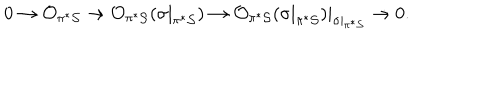
0 \rightarrow { \cal O } _ { \pi ^ { * } { \cal S } } \rightarrow { \cal O } _ { \pi ^ { * } { \cal S } } ( \sigma | _ { \pi ^ { * } { \cal S } } ) \rightarrow { \cal O } _ { \pi ^ { * } { \cal S } } ( \sigma | _ { \pi ^ { * } { \cal S } } ) | _ { \sigma | _ { \pi ^ { * } { \cal S } } } \rightarrow 0 .